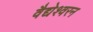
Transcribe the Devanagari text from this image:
वैद्येश्वरन